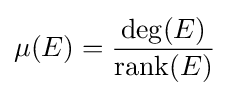
\mu (E)={\frac {\deg(E)}{\operatorname {rank} (E)}}